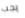
يجب